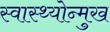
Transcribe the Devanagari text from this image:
स्वास्थ्योन्मुख